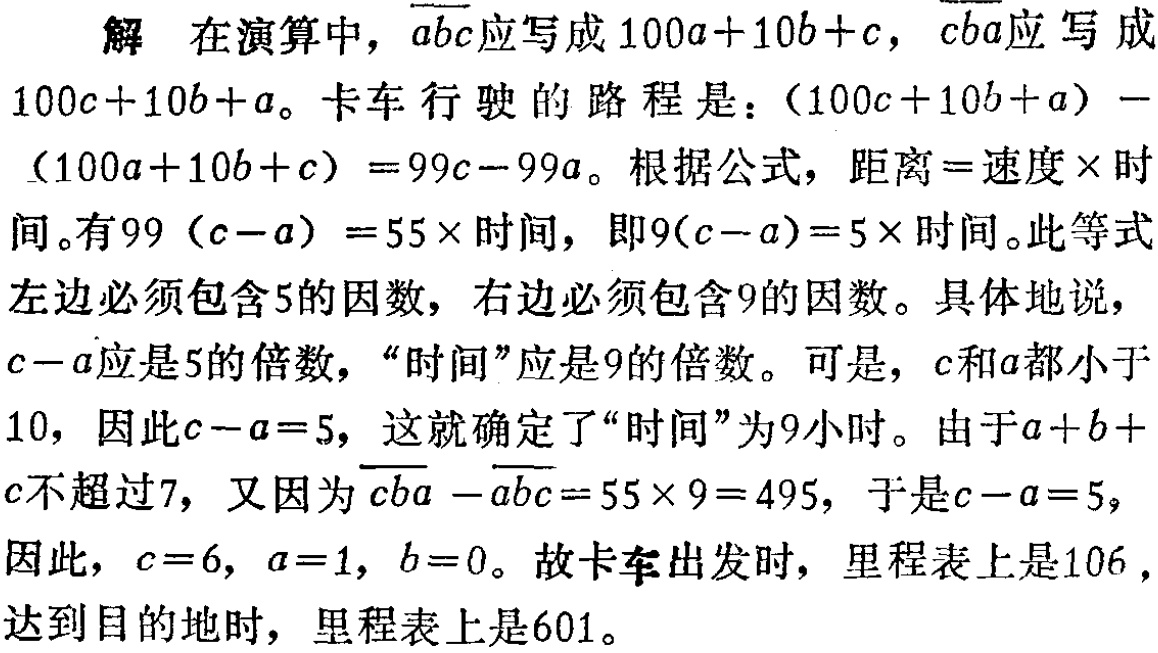
解 在演算中，\(\overline{abc}\)应写成\(100a + 10b + c\)，\(\overline{cba}\)应写成\(100c + 10b + a\)。卡车行驶的路程是：\((100c + 10b + a) - (100a + 10b + c)=99c - 99a\)。根据公式，距离\(=\)速度\(\times\)时间。有\(99(c - a)=55\times\)时间，即\(9(c - a)=5\times\)时间。此等式左边必须包含\(5\)的因数，右边必须包含\(9\)的因数。具体地说，\(c - a\)应是\(5\)的倍数，“时间”应是\(9\)的倍数。可是，\(c\)和\(a\)都小于\(10\)，因此\(c - a = 5\)，这就确定了“时间”为\(9\)小时。由于\(a + b + c\)不超过\(7\)，又因为\(\overline{cba}-\overline{abc}=55\times 9 = 495\)，于是\(c - a = 5\)，因此，\(c = 6\)，\(a = 1\)，\(b = 0\)。故卡车出发时，里程表上是\(106\)，达到目的地时，里程表上是\(601\)。